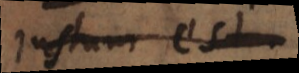
justum esse